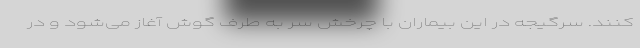
‌کنند. سرگیجه در این بیماران با چرخش سر به طرف گوش آغاز می‌شود و در